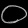
Digit: ၀